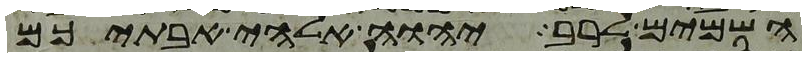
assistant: השמים לרב יהוה אלהי אבתיכם